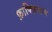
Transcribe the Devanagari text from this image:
फ़ाक्ज़ियान